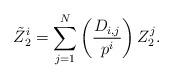
LaTeX: \begin{align*} \tilde{Z}_2^i = \sum_{j=1}^N\left(\frac{D_{i,j}}{p^i}\right)Z_2^j.\end{align*}